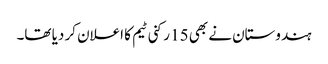
ہندوستان نے بھی 15 رکنی ٹیم کا اعلان کر دیا تھا۔